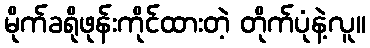
မိုက်ခရိုဖုန်းကိုင်ထားတဲ့ တိုက်ပုံနဲ့လူ။